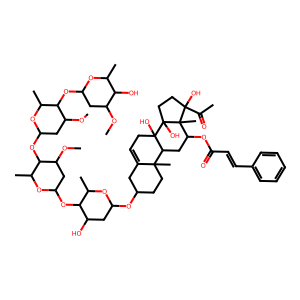
SMILES: COC1CC(OC2C(C)OC(OC3C(C)OC(OC4C(O)CC(OC5CCC6(C)C(=CCC7(O)C6CC(OC(=O)C=Cc6ccccc6)C6(C)C(O)(C(C)=O)CCC76O)C5)OC4C)CC3OC)CC2OC)OC(C)C1O
Inhibits HIV replication: No